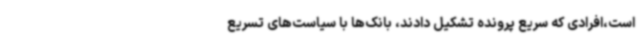
است،افرادی که سریع پرونده تشکیل دادند، بانک‌ها با سیاست‌های تسریع